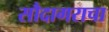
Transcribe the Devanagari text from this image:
सौदागराचा